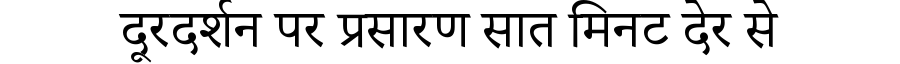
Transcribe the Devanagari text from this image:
दूरदर्शन पर प्रसारण सात मिनट देर से